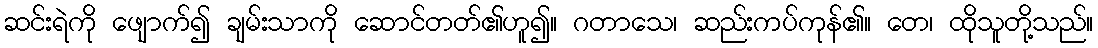
ဆင်းရဲကို ဖျောက်၍ ချမ်းသာကို ဆောင်တတ်၏ဟူ၍။ ဂတာသေ၊ ဆည်းကပ်ကုန်၏။ တေ၊ ထိုသူတို့သည်။